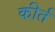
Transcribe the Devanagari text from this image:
कीर्त